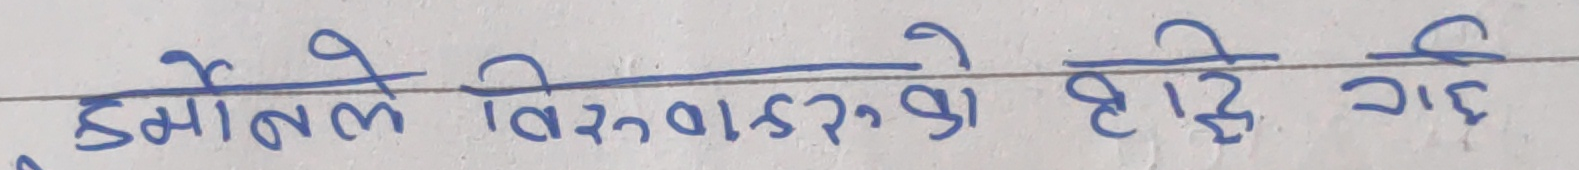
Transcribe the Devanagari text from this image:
डर्माटल विरुवाहरुको छाटि गरि